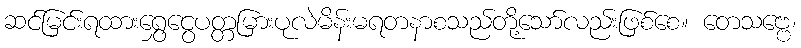
ဆင်မြင်းရထားရွှေငွေပတ္တမြားပုလဲမိန်းမရတနာစသည်တို့သော်လည်းဖြစ်စေ။ တေသဗ္ဗေ၊